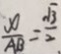
\frac { x } { A B } = \frac { \sqrt { 3 } } { 2 }